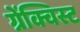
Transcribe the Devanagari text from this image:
ग्रेंक्विस्ट